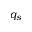
q _ { s }